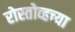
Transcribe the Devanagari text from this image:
रोस्तोव्हच्या